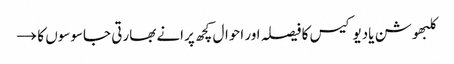
کلبھوشن یادیو کیس کا فیصلہ اور احوال کچھ پرانے بھارتی جاسوسوں کا →